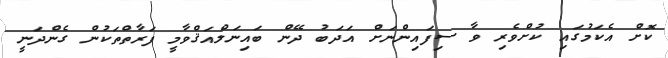
ކޮށް އެކަމުގައި ކުށްވެރި ވާ ސިފައިންނަށް އަދަބު ދޭން ބައިނަލްއަޤްވާމީ ފަރާތްތަކުން ގެންދަނީ